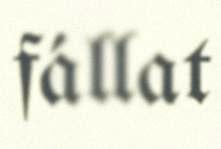
fállat